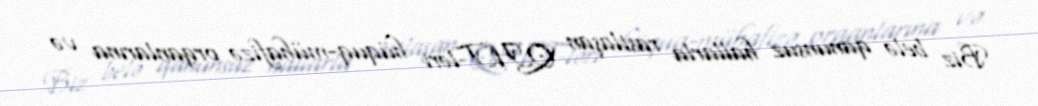
Biz belə qanunsuz hallarla rastlaşan QHT-ləri hüquq-mühafizə orqanlarına və